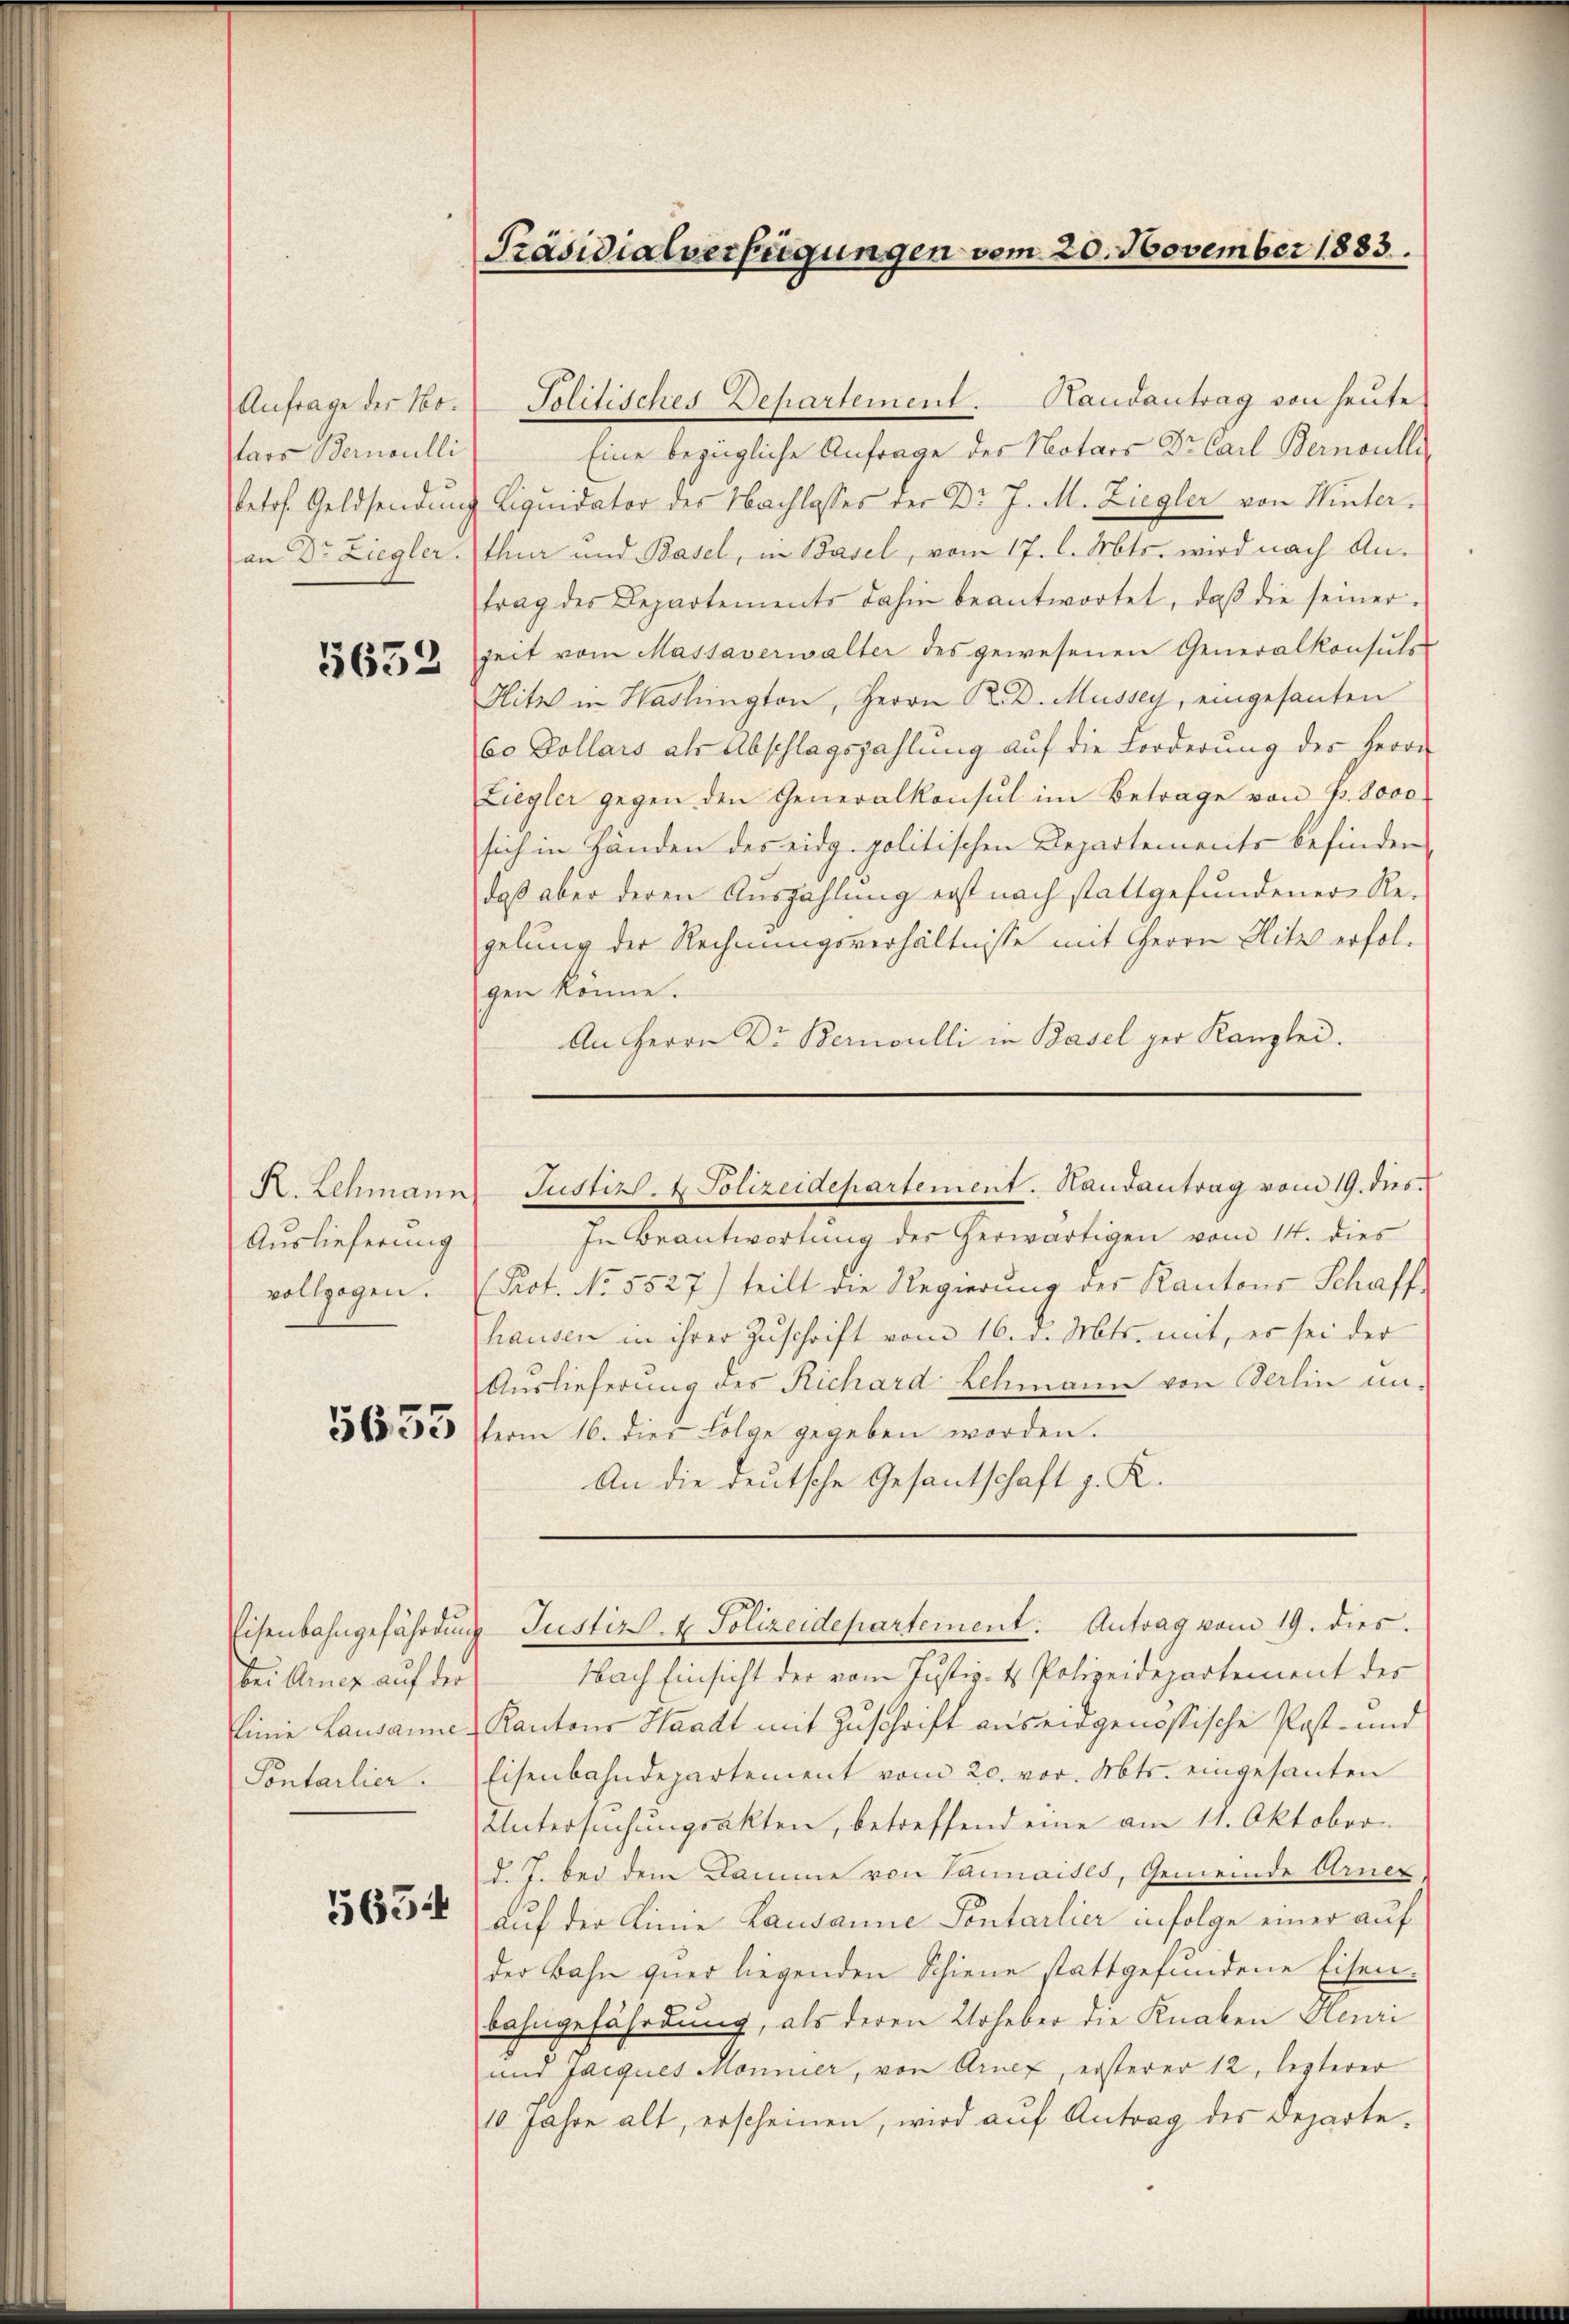
Anfrage der Notars Bernoulli

5632

R. Lehmann
Auslieferung
vollzogen.

5633

Bei Amte auf der
Linie Lausanne
Sontarlier.

5654

Solitisches Departement. Handantrag von heute
Eine bezügliche Anfrage des Notars Dr. Carl Bernoulli,
betr. Geldsendung Liquidator des Nachlasses der Dr. J. M. Ziegler von Winteran Dr Ziegler. Thur und Basel, in Basel, vom 17. l. Mts. wird nach Antrag des Departements dahin beantwortet, daβ die seiner-
Zeit vom Massaverwalter des gewesenen Generalkonsuls
Hitz in Washington, Herrn K. D. Müssey, eingesanten
6o Dollars als Abschlagszahlŭng aŭf die Forderŭng des Herrn
Ziegler gegen den Generalkonsul im Betrage von Fr. 8000
sich in Händen des eidg. politischen Departements befinden
daß aber deren Auszahlung erst nach stattgefundener Regelung der Rechnungsverhältnisse mit Herrn Hitz erfolgen könne.
An Herrn Dr. Bernoulli in Basel ger Kanzlei.

Präsidialverfügungen vom 20. November 1883.

Justiz- & Polizeidepartement. Haŭsantrag vom 19. dies

In Beantwortŭng des herwärtigen vom 14. dies
Prot. No. 5527) teilt die Regierŭng des Kantons Schaff-
hausen in ihrer Zuschrift vom 16. d. Mts. mit, es sei der
Auslieferung des Richard Lehmann von Berlin unterm 16. dies Folge gegeben worden.
An die deutsche Gesantschaft z. K.

Nach Einsicht der vom Justiz- & Polizeidepartement des
Kantons Waadt mit Zuschrift aus eidgenössische Post- und
Eisenbahndepartement vom 20. vor. Mts. eingesanten
Untersŭchŭngsakten, betreffend eine am 11. Oktober
d. J. bei dem Damme von Vannaises, Gemeinde Arner
auf der Linie Lausanne Sontarlier infolge einer auf
der Bahn quer liegenden Schiene stattgefundene Eisen-
bahngefährdung, als deren Urheber die Knaben Aeuri
und Jacques Monnier, von Arnet, ersterer 12, lezterer
10. Jahre alt, erscheinen, wird auf Antrag des Departe¬

Eisenbahngefährdung Justiz- u Polizeidepartement. Antrag vom 19. dies